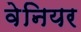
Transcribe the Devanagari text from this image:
वेनियर